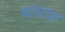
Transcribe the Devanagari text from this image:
धतरारा